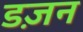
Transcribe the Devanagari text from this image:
डज़न